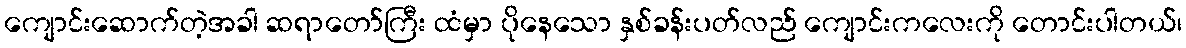
ကျောင်းဆောက်တဲ့အခါ ဆရာတော်ကြီး ထံမှာ ပိုနေသော နှစ်ခန်းပတ်လည် ကျောင်းကလေးကို တောင်းပါတယ်၊